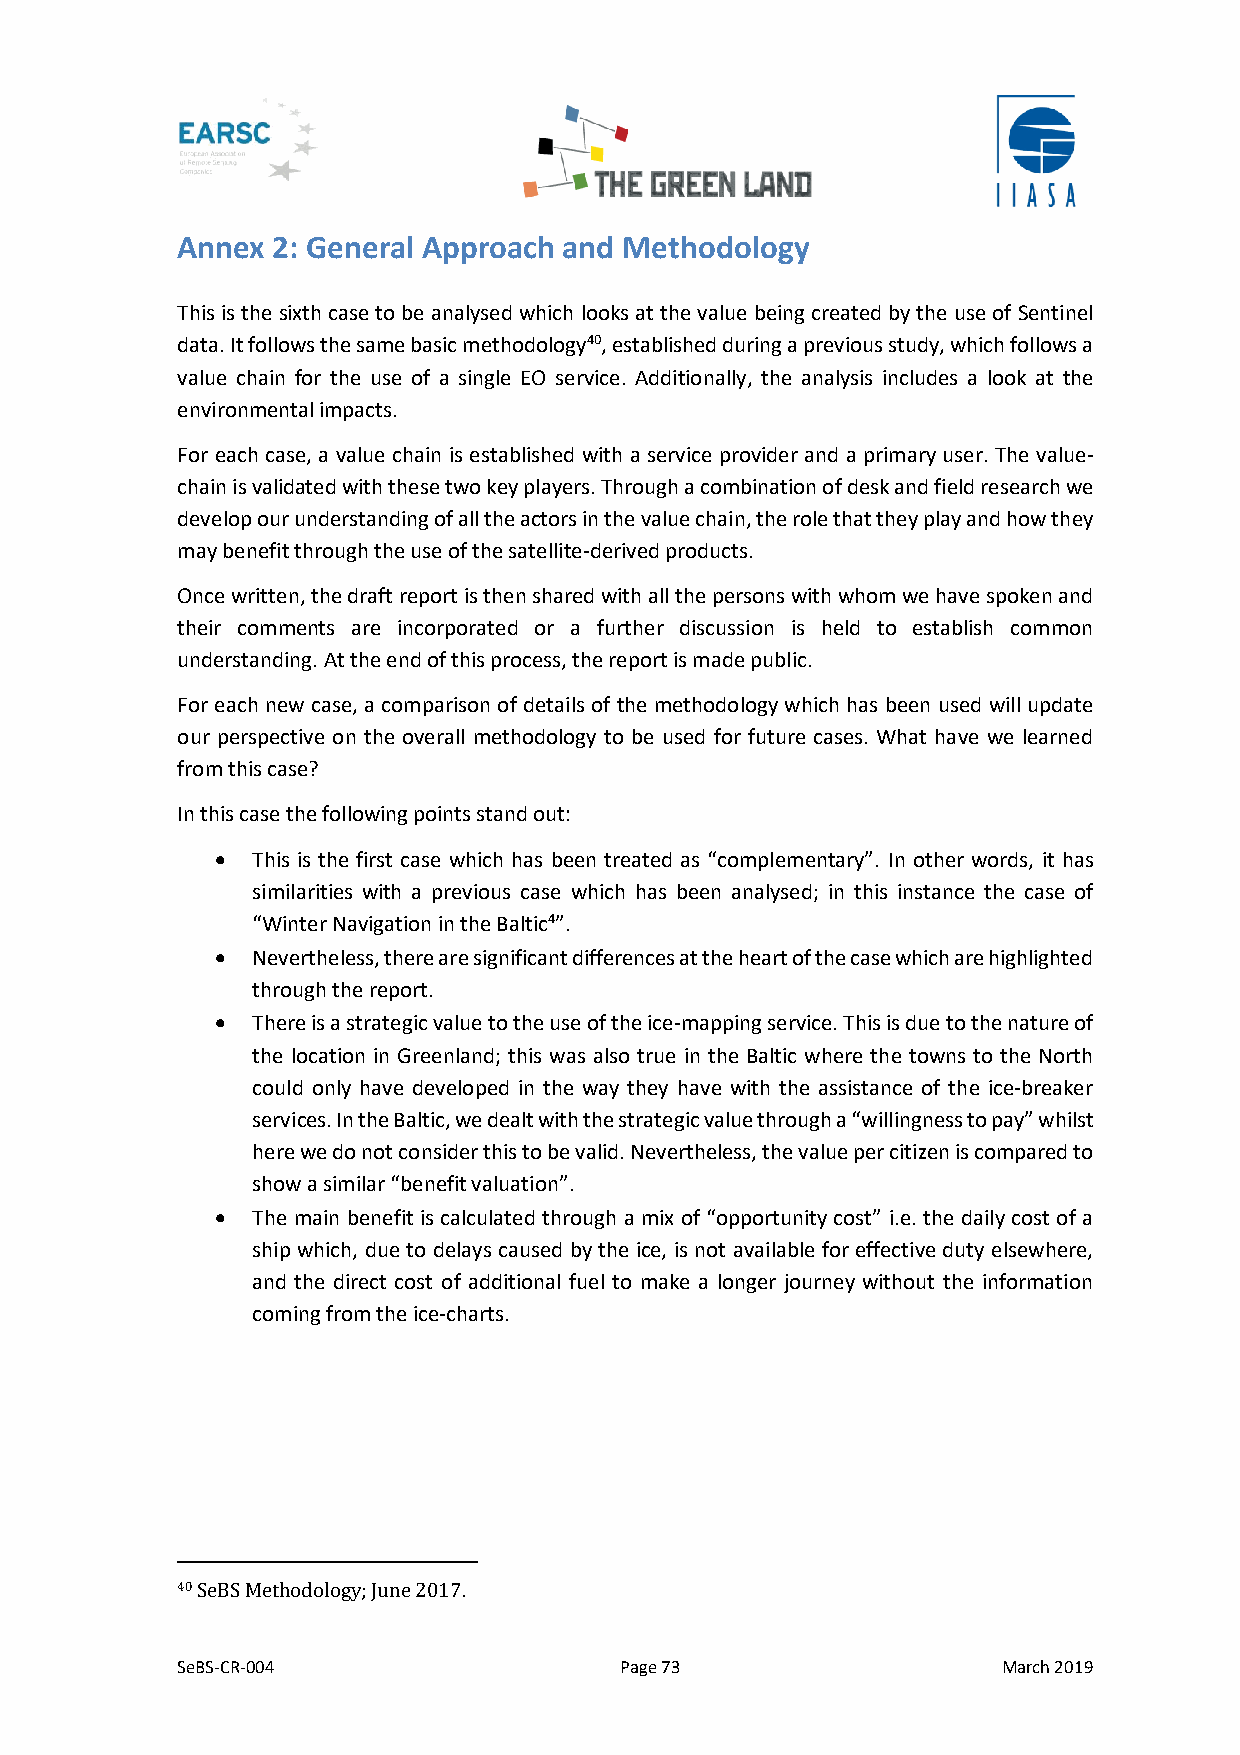
Annex 2: General Approach and Methodology
 This is the sixth case to be analysed which looks at the value being created by the use of Sentinel
 data. It follows the same basic methodology40, established during a previous study, which follows a
 value chain for the use of a single EO service. Additionally, the analysis includes a look at the
 environmental impacts.
 For each case, a value chain is established with a service provider and a primary user. The value-
 chain is validated with these two key players. Through a combination of desk and field research we
 develop our understanding of all the actors in the value chain, the role that they play and how they
 may benefit through the use of the satellite-derived products.
 Once written, the draft report is then shared with all the persons with whom we have spoken and
 their comments are incorporated or a further discussion is held to establish common
 understanding. At the end of this process, the report is made public.
 For each new case, a comparison of details of the methodology which has been used will update
 our perspective on the overall methodology to be used for future cases. What have we learned
 from this case?
 In this case the following points stand out:
 •  This is the first case which has been treated as “complementary”. In other words, it has
 similarities with a previous case which has been analysed; in this instance the case of
 “Winter Navigation in the Baltic4”.
 •  Nevertheless, there are significant differences at the heart of the case which are highlighted
 through the report.
 •  There is a strategic value to the use of the ice-mapping service. This is due to the nature of
 the location in Greenland; this was also true in the Baltic where the towns to the North
 could only have developed in the way they have with the assistance of the ice-breaker
 services. In the Baltic, we dealt with the strategic value through a “willingness to pay” whilst
 here we do not consider this to be valid. Nevertheless, the value per citizen is compared to
 show a similar “benefit valuation”.
 •  The main benefit is calculated through a mix of “opportunity cost” i.e. the daily cost of a
 ship which, due to delays caused by the ice, is not available for effective duty elsewhere,
 and the direct cost of additional fuel to make a longer journey without the information
 coming from the ice-charts.
 40 SeBS Methodology; June 2017.
 SeBS-CR-004                  Page 73                  March 2019